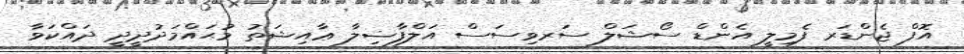
އޮފް ޖެންޑަރ ފެމިލީ އެންޑް ސޯޝަލް ސަރވިސަސް އަލްފާޟިލާ ޢާއިޝަތު މުޙައްމަދުދީދީ ދައްކަވާ